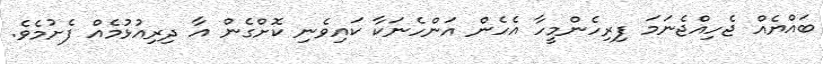
ބައްޔެއް ޖެހިއްޖެނަމަ ފިރިހެންމީހާ އެހެން އަންހެނަކާ ކައިވެނި ކޮށްގެން އާ ދިރިއުޅުމެއް ފެށުމެވެ.